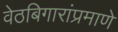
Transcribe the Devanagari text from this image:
वेठबिगारांप्रमाणे